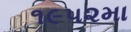
૧૯૫૨મા